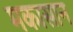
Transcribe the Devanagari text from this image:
मकासान